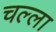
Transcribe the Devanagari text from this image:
चल्ला